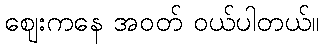
ဈေးကနေ အဝတ် ဝယ်ပါတယ်။